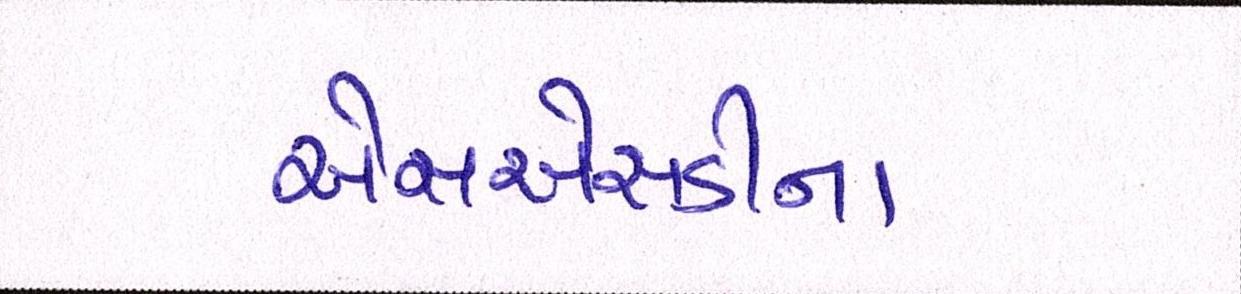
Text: એસએસડીના